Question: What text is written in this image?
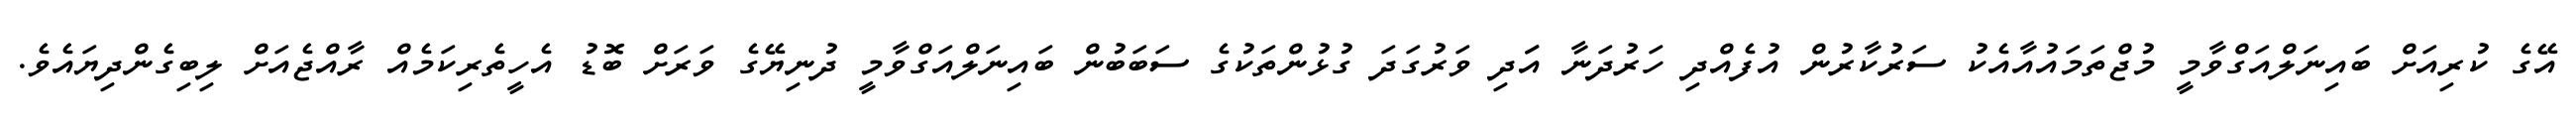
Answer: އޭގެ ކުރިއަށް ބައިނަލްއަގްވާމީ މުޖްތަމައުއާއެކު ސަރުކާރުން އުފެއްދި ހަރުދަނާ އަަދި ވަރުގަދަ ގުޅުންތަކުގެ ސަބަބުން ބައިނަލްއަގްވާމީ ދުނިޔޭގެ ވަރަށް ބޮޑު އެހީތެރިކަމެއް ރާއްޖެއަށް ލިބިގެންދިޔައެވެ.